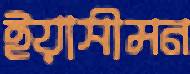
ইয়াসীমন